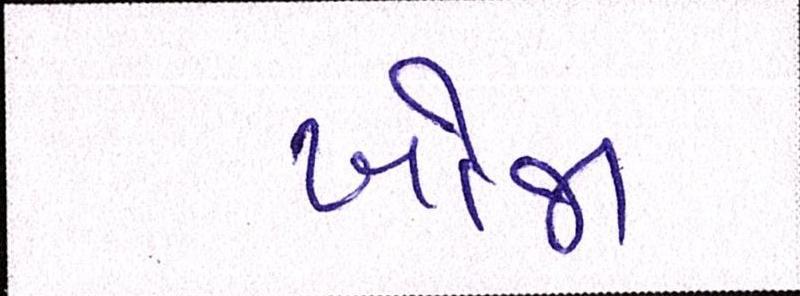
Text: ખોજા